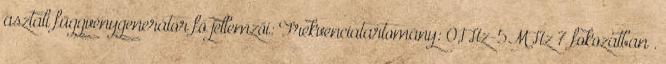
asztali függvénygenerátor fő jellemzői: Frekvenciatartomány: 0,1Hz-5MHz 7 fokozatban .